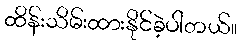
ထိန်းသိမ်းထားနိုင်ခဲ့ပါတယ်။